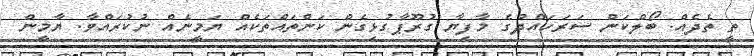
ތީ ތެދެއް. ބޯލްކަން ސަރަހައްދުގެ މާފިޔާ ގުރޫޕާގުޅިގެން ކަންތައްތަކެއް ޔަމީނެއް ނުކުރައްވާ. ޔާމީން